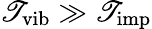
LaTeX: \mathscr{T}_{\mathrm{{vib}}}\gg\mathscr{T}_{\mathrm{{imp}}}